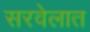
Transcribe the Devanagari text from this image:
सरवेलात